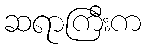
ဆရာကြီးက